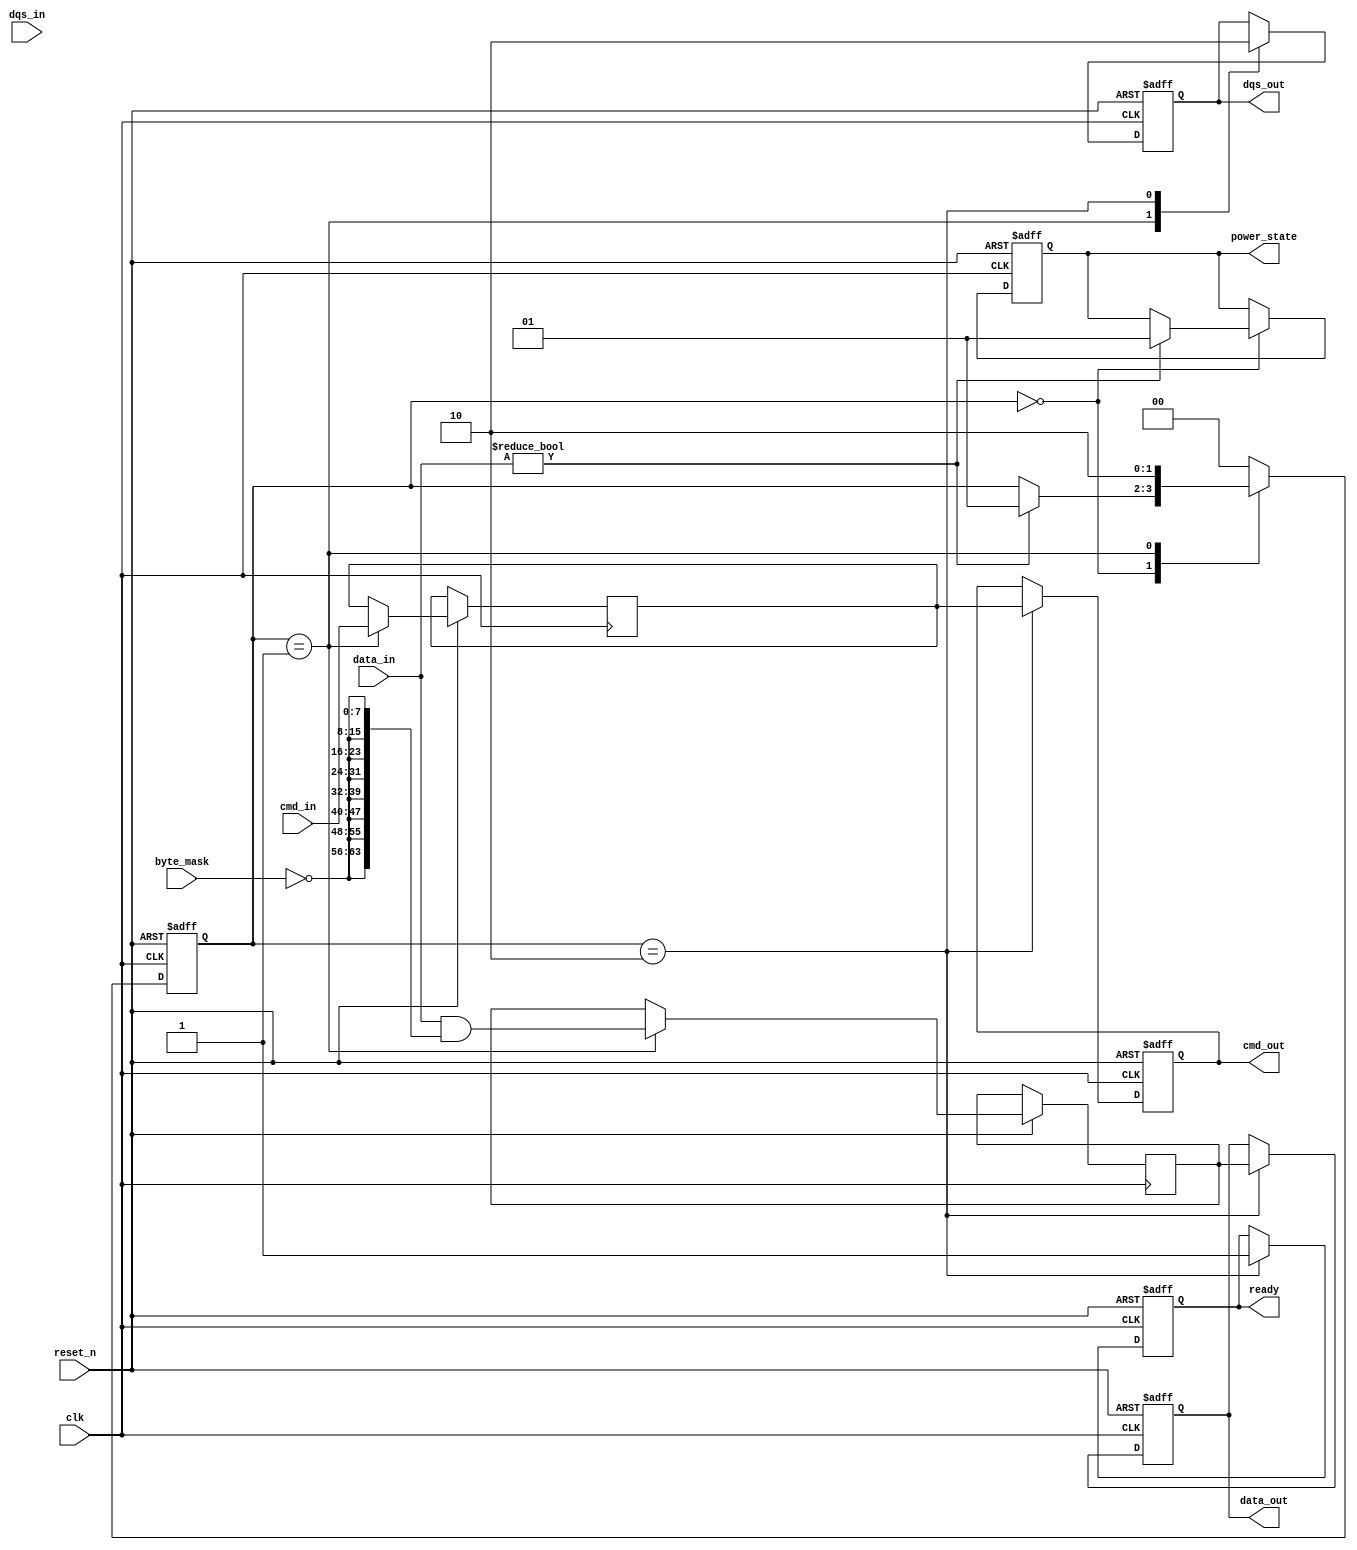
module gddr_io_block (
    input wire clk,                    // Main clock signal
    input wire reset_n,                // Reset signal (active low)
    input wire [63:0] data_in,         // Data input bus (64 bits)
    input wire [63:0] cmd_in,          // Command input bus (64 bits)
    input wire dqs_in,                 // Data Strobe input
    input wire [7:0] byte_mask,        // Byte enable mask for selective data lanes
    output reg [63:0] data_out,        // Data output bus (64 bits)
    output reg [63:0] cmd_out,         // Command output bus (64 bits)
    output reg dqs_out,                // Data Strobe output
    output reg ready,                  // Ready signal for the memory controller
    output reg [1:0] power_state       // Power state indication
);

// Internal signals
reg [63:0] data_buffer;               // Buffer to hold incoming data
reg [63:0] cmd_buffer;                // Buffer to hold incoming commands
reg [1:0] state;                      // Finite state machine state
reg dqs_enable;                       // Enable signal for DQS generation
reg [7:0] error_detect;               // Error detection register (for ECC)

// State machine for controlling operation
always @(posedge clk or negedge reset_n) begin
    if (!reset_n) begin
        // Reset state
        state <= 2'b00;
        data_out <= 64'b0;
        cmd_out <= 64'b0;
        ready <= 1'b0;
        power_state <= 2'b00; // Power down state
        dqs_out <= 1'b0;
    end else begin
        // State machine for operation
        case(state)
            2'b00: begin // Idle state
                // Power management logic
                if (data_in != 64'b0) begin
                    power_state <= 2'b01; // Active state
                    state <= 2'b01; // Transition to input state
                end
            end
            
            2'b01: begin // Input state
                // Capture incoming data and commands
                data_buffer <= data_in & {64{~byte_mask}};
                cmd_buffer <= cmd_in;
                dqs_out <= 1'b1; // Enable DQS for data transfer
                state <= 2'b10; // Transition to output state
            end
            
            2'b10: begin // Output state
                // Output data and commands
                data_out <= data_buffer;
                cmd_out <= cmd_buffer;
                ready <= 1'b1; // Indicate ready for next operation
                dqs_out <= 1'b0; // Disable DQS after transfer
                state <= 2'b00; // Return to idle
            end
            
            default: state <= 2'b00; // Default to idle on unexpected states
        endcase
    end
end

// Error detection logic (placeholder)
always @(posedge clk) begin
    if (data_in !== data_buffer) begin
        // Example error detection logic
        error_detect <= 8'b11111111; // Indicate an error (for example purpose)
    end else begin
        error_detect <= 8'b0; // No error
    end
end

endmodule